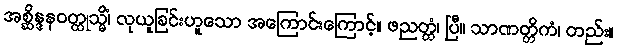
အစ္ဆိန္ဒနဝတ္ထုသ္မိံ၊ လုယူခြင်းဟူသော အကြောင်းကြောင့်။ ဖညတ္တံ၊ ပြီ။ သာဏတ္တိကံ၊ တည်း။